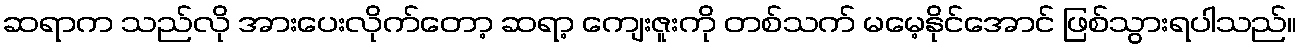
ဆရာက သည်လို အားပေးလိုက်တော့ ဆရာ့ ကျေးဇူးကို တစ်သက် မမေ့နိုင်အောင် ဖြစ်သွားရပါသည်။